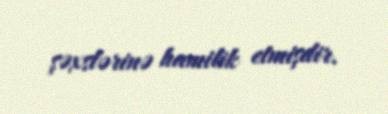
şəxslərinə hamilik etmişdir.